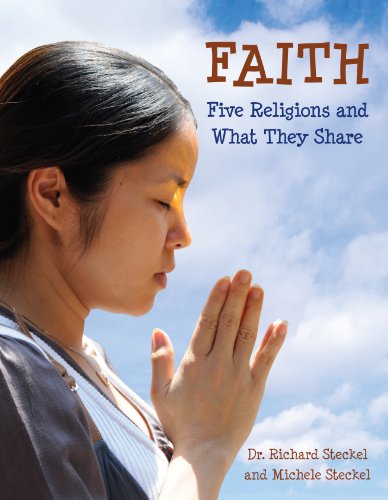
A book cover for Faith: Five Religions and What They Share (CitizenKid); Richard Steckel; Children's Books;